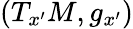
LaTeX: (T_{x^{\prime}}M,g_{x^{\prime}})